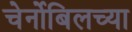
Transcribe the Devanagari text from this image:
चेर्नोबिलच्या